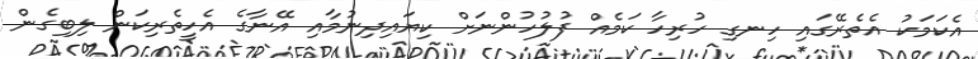
އެކަމަކު އެތެރޭގައި ހިނގި ހުރިހާ ކަމެއް ފުލުހުންނަށް ކިޔައިދިނުމާއި އޭނާގެ އެހީތެރިކަން ލިބިގެން